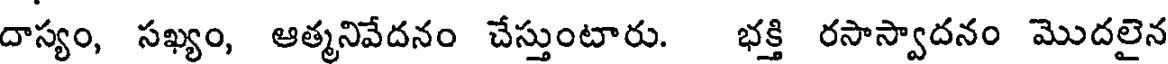
దాస్యం, సఖ్యం, ఆత్మనివేదనం చేస్తుంటారు. భక్తి రసాస్వాదనం మొదలైన